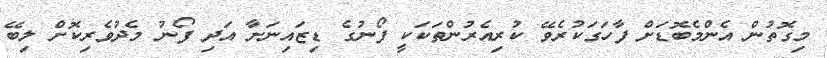
މިގޮތުން އެންމެބޮޑަށް ފާހަގަކުރެވޭ ކުރިއެރުންތަކަކީ ފޯނުގެ ޑިޒައިނަށާ އަދި ފޯނު މެދުވެރިކޮށް ލިބޭ